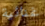
غنائية